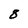
Character: 8